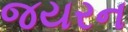
જયરન